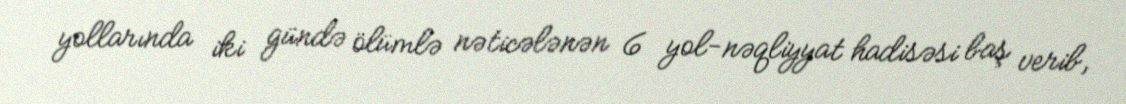
yollarında iki gündə ölümlə nəticələnən 6 yol-nəqliyyat hadisəsi baş verib,